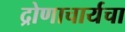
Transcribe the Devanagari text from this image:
द्रोणाचार्यचा